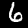
Label: 6